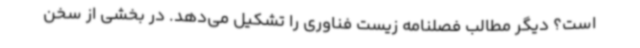
است؟ دیگر مطالب فصلنامه زیست فناوری را تشکیل می‌دهد. در بخشی از سخن